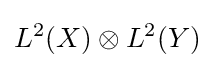
L^{2}(X)\otimes L^{2}(Y)